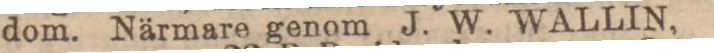
dom. Närmare genom J. W. WALLIN,